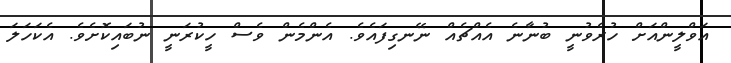
އަވްލީންއަށް ހުރެވުނީ ބުނާނެ އެއްޗެއް ނޭނގިފައެވެ. އެންމެން ވެސް ހީކުރަނީ ނުބައިކޮށެވެ. އެކަހަލަ